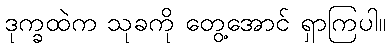
ဒုက္ခထဲက သုခကို တွေ့အောင် ရှာကြပါ။